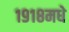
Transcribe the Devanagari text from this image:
१९१८मधे